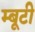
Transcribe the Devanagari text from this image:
म्बूटी